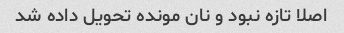
اصلا تازه نبود و نان مونده تحویل داده شد